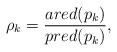
LaTeX: \begin{align*}\rho_k=\frac{ared(p_k)}{pred(p_k)},\end{align*}